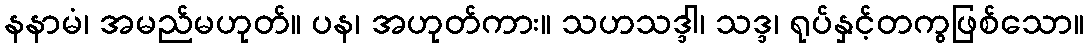
နနာမံ၊ အမည်မဟုတ်။ ပန၊ အဟုတ်ကား။ သဟသဒ္ဒါ၊ သဒ္ဒ၊ ရုပ်နှင့်တကွဖြစ်သော။